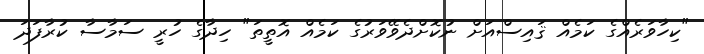
"ކިހާވަރެއްގެ ކަމެއް ޤައިސްއަށް ނުކޮށްދެވޭވަރުގެ ކަމެއް އޮތީތަ" ހިދާގެ ހުރީ ސަމާސާ ކުރާފަދަ